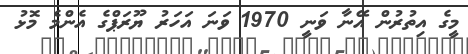
މީގެ އިތުރުން އޭނާ ވަނީ 1970 ވަނަ އަހަރު ޔޫރަޕްގެ އެންމެ މޮޅު